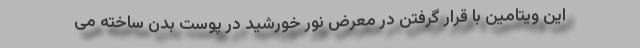
این ویتامین با قرار گرفتن در معرض نور خورشید در پوست بدن ساخته می